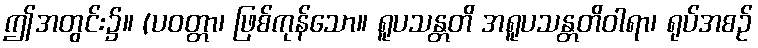
ဤအတွင်း၌။ (ပဝတ္တာ၊ ဖြစ်ကုန်သော။ ရူပသန္တတိ အရူပသန္တတိဝါရာ၊ ရုပ်အစဉ်